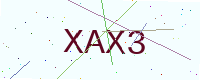
Text: XAX3